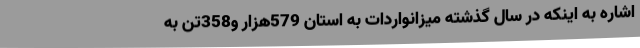
اشاره به اینکه در سال گذشته میزانواردات به استان 579هزار و358تن به